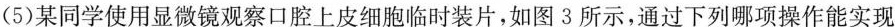
(5)某同学使用显微镜观察口腔上皮细胞临时装片，如图3所示，通过下列哪项操作能实现